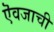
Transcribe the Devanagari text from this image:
ऎवजाची